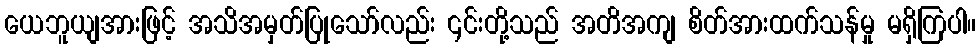
ယေဘူယျအားဖြင့် အသိအမှတ်ပြုသော်လည်း ၎င်းတို့သည် အတိအကျ စိတ်အားထက်သန်မှု မရှိကြပါ။